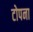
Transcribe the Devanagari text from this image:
टोपना